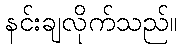
နင်းချလိုက်သည်။